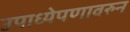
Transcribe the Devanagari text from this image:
उपाध्येपणावरुन